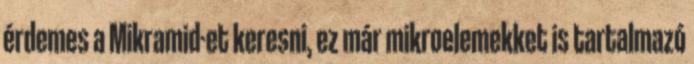
érdemes a Mikramid-et keresni, ez már mikroelemekket is tartalmazó